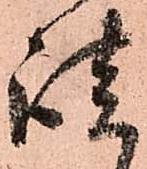
談